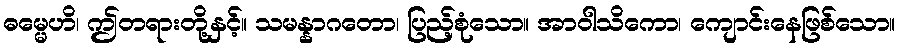
ဓမ္မေဟိ၊ ဤတရားတို့နှင့်။ သမန္နာဂတော၊ ပြည့်စုံသော။ အာဝါသိကော၊ ကျောင်းနေဖြစ်သော။